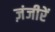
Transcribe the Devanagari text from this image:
ज़ंजीरें